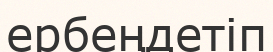
ербеңдетіп